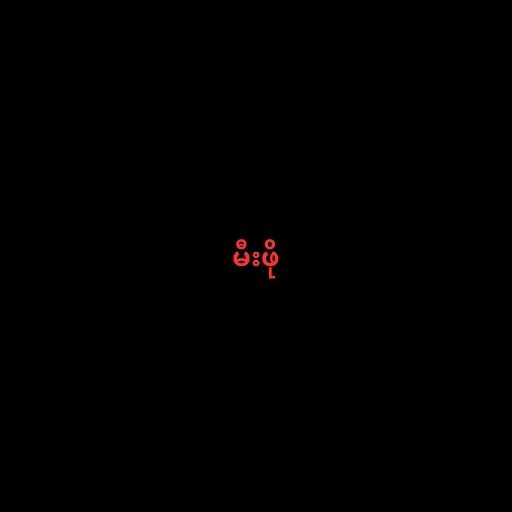
မီးဖို